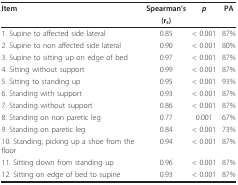
<table><thead><tr><td><b>Item</b></td><td><b>Spearman&#x27;s</b></td><td><b><i>p</i></b></td><td><b>PA</b></td></tr><tr><td></td><td><b>(r<sub>s</sub>)</b></td><td></td><td></td></tr></thead><tbody><tr><td>1. Supine to affected side lateral</td><td>0.85</td><td>&lt; 0.001</td><td>87%</td></tr><tr><td>2. Supine to non affected side lateral</td><td>0.90</td><td>&lt; 0.001</td><td>80%</td></tr><tr><td>3. Supine to sitting up on edge of bed</td><td>0.97</td><td>&lt; 0.001</td><td>87%</td></tr><tr><td>4. Sitting without support</td><td>0.99</td><td>&lt; 0.001</td><td>87%</td></tr><tr><td>5. Sitting to standing up</td><td>0.95</td><td>&lt; 0.001</td><td>93%</td></tr><tr><td>6. Standing with support</td><td>0.93</td><td>&lt; 0.001</td><td>87%</td></tr><tr><td>7. Standing without support</td><td>0.86</td><td>&lt; 0.001</td><td>87%</td></tr><tr><td>8. Standing on non paretic leg</td><td>0.77</td><td>0.001</td><td>67%</td></tr><tr><td>9. Standing on paretic leg</td><td>0.84</td><td>&lt; 0.001</td><td>73%</td></tr><tr><td>10. Standing, picking up a shoe from the floor</td><td>0.94</td><td>&lt; 0.001</td><td>87%</td></tr><tr><td>11. Sitting down from standing up</td><td>0.96</td><td>&lt; 0.001</td><td>87%</td></tr><tr><td>12. Sitting on edge of bed to supine</td><td>0.93</td><td>&lt; 0.001</td><td>87%</td></tr></tbody></table>